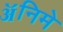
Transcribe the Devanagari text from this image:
ॲनिमे